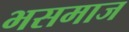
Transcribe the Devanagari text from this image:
भसमाज